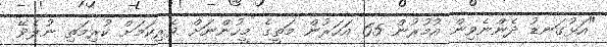
"އަޅުގަނޑު ދެންނެވިން އުމުރުން 65 އަހަރުން މަތީގެ މީހުންނަށް ވެރިކަމަށް ކުރިމަތި ނުލެވޭ